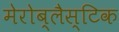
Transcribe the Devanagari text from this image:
मेरोब्लैस्टिक